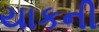
યાકની